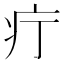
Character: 疔